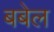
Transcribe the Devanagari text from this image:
बबेल